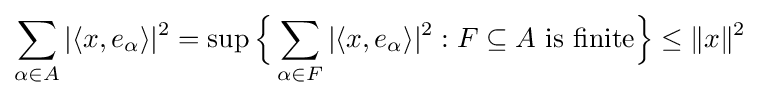
\sum _{\alpha \in A}|\langle x,e_{\alpha }\rangle |^{2}=\sup {\Bigl \{}\sum _{\alpha \in F}|\langle x,e_{\alpha }\rangle |^{2}:F\subseteq A{\text{ is finite}}{\Bigr \}}\leq \lVert x\rVert ^{2}